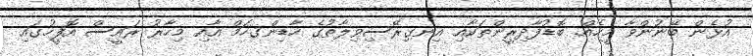
އުޅެން ބޭނުންވާ މީހެއް. ބޮޑުފާދިރީންތަކާއި އިނގިރޭސިވިލާތުގެ ހާޑިންގހަމް އާއި މިހާރު ރައީސް އޮފީހުގައި